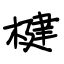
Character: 楗